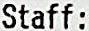
STAFF: